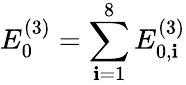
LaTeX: E_{0}^{(3)}=\sum_{\mathbf{i}=1}^{8}E_{0,\mathbf{i}}^{(3)}